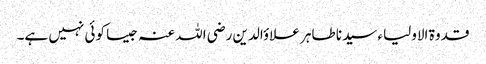
قدوۃ الاولیاء سیدنا طاہر علاؤالدین رضی اللہ عنہ جیسا کوئی نہیں ہے۔